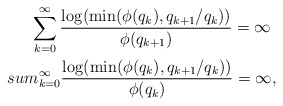
\begin{align*}\sum_{k=0}^{\infty}\frac{\log(\min(\phi(q_k),q_{k+1}/q_k))}{\phi(q_{k+1})}=\infty\ \\sum_{k=0}^{\infty}\frac{\log(\min(\phi(q_k),q_{k+1}/q_k))}{\phi(q_k)}=\infty,\end{align*}